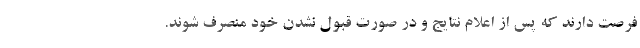
فرصت دارند که پس از اعلام نتایج و در صورت قبول نشدن خود منصرف شوند.